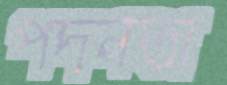
পদনতা